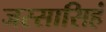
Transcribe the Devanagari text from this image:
जस्सासिहं